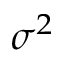
\sigma ^ { 2 }